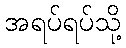
အရပ်ရပ်သို့